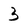
Character: 3